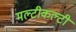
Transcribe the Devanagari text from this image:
मल्टीकल्टी